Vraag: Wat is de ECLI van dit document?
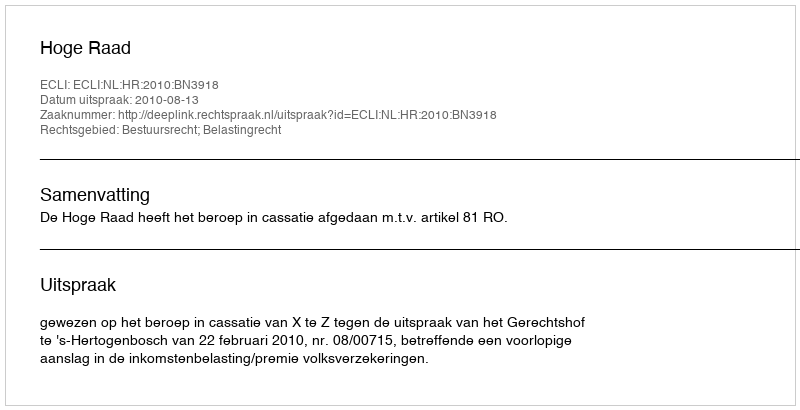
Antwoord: ECLI:NL:HR:2010:BN3918